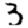
Digit: 3